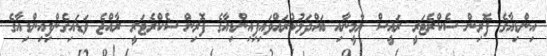
އިންޑިއާގެ ފޮރިން ސެކްރެޓަރީ ރައީސް ޔާމީނާއި ބައްދަލުކުރައްވައިފިއިންޑިއާގެ ފޮރިން ސެކްރެޓަރީ ރާއްޖެ ވަޑައިގެންފިއިންޑިއާގެ